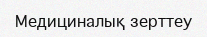
Медициналық зерттеу